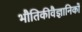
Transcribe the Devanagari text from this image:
भौतिकीवैज्ञानिकों